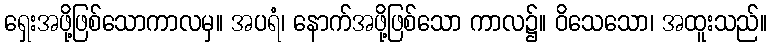
ရှေးအဖို့ဖြစ်သောကာလမှ။ အပရံ၊ နောက်အဖို့ဖြစ်သော ကာလ၌။ ဝိသေသော၊ အထူးသည်။